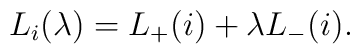
L_{i}(\lambda)=L_{+}(i)+\lambda L_{-}(i).